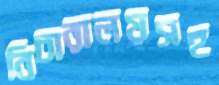
বিচারালয়সহ